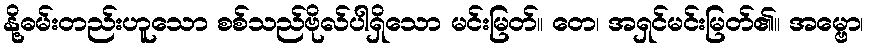
နို့ဓမ်းတည်းဟူသော စစ်သည်ဗိုလ်ပါရှိသော မင်းမြတ်။ တေ၊ အရှင်မင်းမြတ်၏။ အမ္ဗော၊